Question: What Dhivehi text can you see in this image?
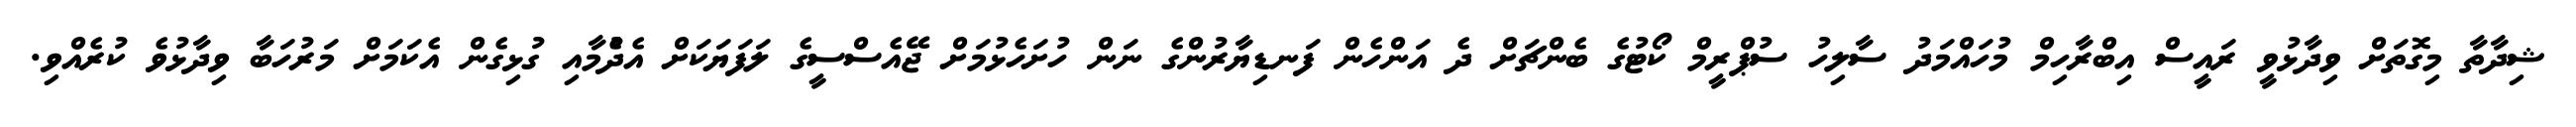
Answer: ޝިދާތާ މިގޮތަށް ވިދާޅުވީ ރައީސް އިބްރާހިމް މުހައްމަދު ސާލިހު ސުޕްރީމް ކޯޓުގެ ބެންޗަށް ދެ އަންހެން ފަނޑިޔާރުންގެ ނަން ހުށަހެޅުމަށް ޖޭއެސްސީގެ ލަފަޔަކަށް އެދެުމާއި ގުޅިގެން އެކަމަށް މަރުހަބާ ވިދާޅުވެ ކުރެއްވި.